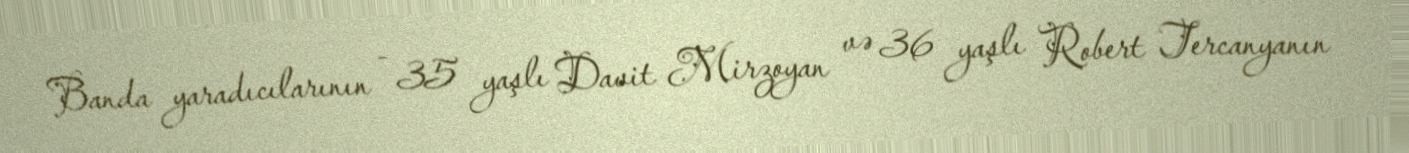
Banda yaradıcılarının - 35 yaşlı Davit Mirzoyan və 36 yaşlı Robert Tercanyanın